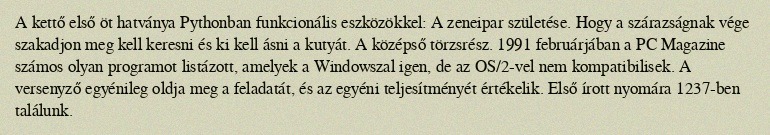
A kettő első öt hatványa Pythonban funkcionális eszközökkel: A zeneipar születése. Hogy a szárazságnak vége szakadjon meg kell keresni és ki kell ásni a kutyát. A középső törzsrész. 1991 februárjában a PC Magazine számos olyan programot listázott, amelyek a Windowszal igen, de az OS/2-vel nem kompatibilisek. A versenyző egyénileg oldja meg a feladatát, és az egyéni teljesítményét értékelik. Első írott nyomára 1237-ben találunk.